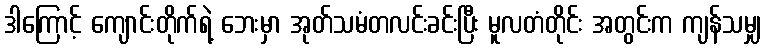
ဒါကြောင့် ကျောင်းတိုက်ရဲ့ ဘေးမှာ အုတ်သမံတလင်းခင်းပြီး မူလတံတိုင်း အတွင်းက ကျန်သမျှ